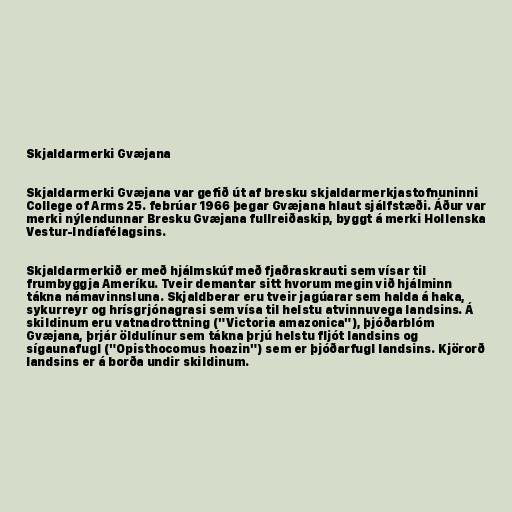
Skjaldarmerki Gvæjana

Skjaldarmerki Gvæjana var gefið út af bresku skjaldarmerkjastofnuninni
College of Arms 25. febrúar 1966 þegar Gvæjana hlaut sjálfstæði. Áður var
merki nýlendunnar Bresku Gvæjana fullreiðaskip, byggt á merki Hollenska
Vestur-Indíafélagsins.

Skjaldarmerkið er með hjálmskúf með fjaðraskrauti sem vísar til
frumbyggja Ameríku. Tveir demantar sitt hvorum megin við hjálminn
tákna námavinnsluna. Skjaldberar eru tveir jagúarar sem halda á haka,
sykurreyr og hrísgrjónagrasi sem vísa til helstu atvinnuvega landsins. Á
skildinum eru vatnadrottning ("Victoria amazonica"), þjóðarblóm
Gvæjana, þrjár öldulínur sem tákna þrjú helstu fljót landsins og
sígaunafugl ("Opisthocomus hoazin") sem er þjóðarfugl landsins. Kjörorð
landsins er á borða undir skildinum.